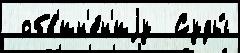
 обв'ин'е́н'иjу  Суды́